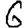
Digit: 6